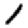
Digit: 1